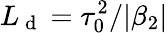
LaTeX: L_{\mathrm{~d~}}=\tau_{0}^{2}/|\beta_{2}|